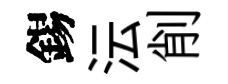
錫沄削